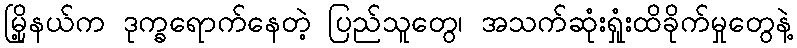
မြို့နယ်က ဒုက္ခရောက်နေတဲ့ ပြည်သူတွေ၊ အသက်ဆုံးရှုံးထိခိုက်မှုတွေနဲ့